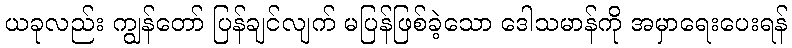
ယခုလည်း ကျွန်တော် ပြန်ချင်လျက် မပြန်ဖြစ်ခဲ့သော ဒေါသမာန်ကို အမှာရေးပေးရန်